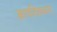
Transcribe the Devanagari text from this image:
आपतितजन्य